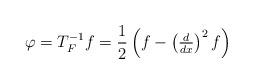
LaTeX: \begin{align*}\varphi=T_{F}^{-1}f=\frac{1}{2}\left(f-\left(\tfrac{d}{dx}\right)^{2}f\right)\end{align*}